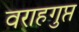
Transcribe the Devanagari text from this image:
वराहगुप्त